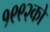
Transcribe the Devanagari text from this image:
१९९२को